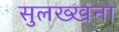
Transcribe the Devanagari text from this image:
सुलख्खना